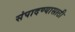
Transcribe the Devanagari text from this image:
संपादण्यासाठी